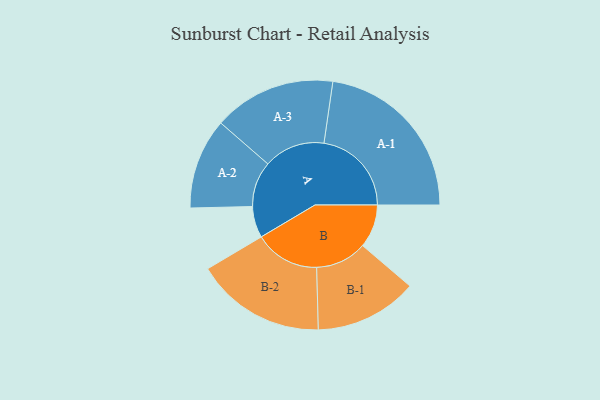
{"axis": {"x": "Segment", "y": "Value"}, "legend": ["", "A", "B"], "data": [{"x": "A", "y": 105, "type": ""}, {"x": "B", "y": 145, "type": ""}, {"x": "A-1", "y": 293, "type": "A"}, {"x": "A-2", "y": 152, "type": "A"}, {"x": "A-3", "y": 205, "type": "A"}, {"x": "B-1", "y": 172, "type": "B"}, {"x": "B-2", "y": 218, "type": "B"}]}